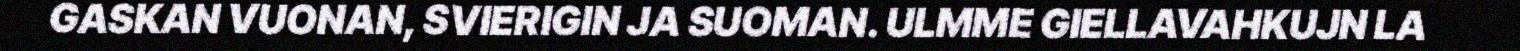
GASKAN VUONAN, SVIERIGIN JA SUOMAN. ULMME GIELLAVAHKUJN LA